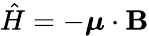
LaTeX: {\hat{H}}=-{\boldsymbol{\mu}}\cdot\mathbf{B}